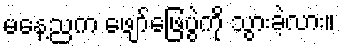
မနေ့ညက ဖျော်ဖြေပွဲကို သွားခဲ့လား။